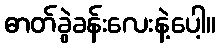
ဓာတ်ခွဲခန်းလေးနဲ့ပေါ့။